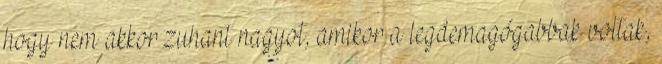
hogy nem akkor zuhant nagyot, amikor a legdemagógabbak voltak,